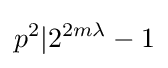
p^{2}|2^{2m\lambda }-1